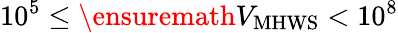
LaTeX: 10^{5}\le\ensuremath{V_{\mathrm{MHWS}}}<10^{8}